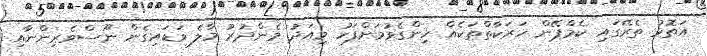
އަތޮޅު ތެރޭގައި ކެމްޕޭން ހަރަކާތްތަކެއް ހިންގެވުމަށްފަހު މިއަދު މެންދުރު މާލެ ވަޑައިގެން ނޫސްވެރިންނާއި